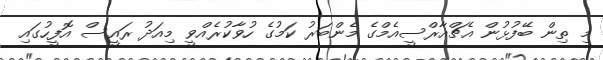
މި ތިން ބޭފުޅުން އެޗްއާރްސީއެމްގެ މެންބަރު ކަމުގެ ހުވާކުރެއްވީ މިއަދު ރައީސް އޮފީހުގައި